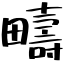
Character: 疇